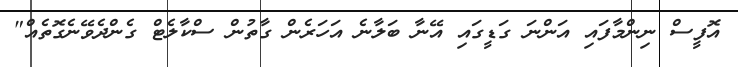
އޮފީސް ނިންމާފައި އަންނަ ގަޑީގައި އޭނާ ބަލާނެ އަހަރެން ގާތުން ސްކާލެޓް ގެންދެވޭނެގޮތެއް"